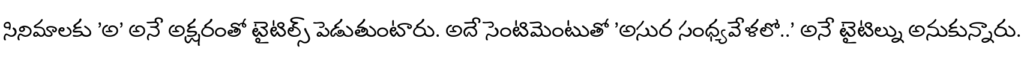
సినిమాలకు 'అ' అనే అక్షరంతో టైటిల్స్ పెడుతుంటారు. అదే సెంటిమెంటుతో 'అసుర సంధ్యవేళలో..' అనే టైటిల్ను అనుకున్నారు.